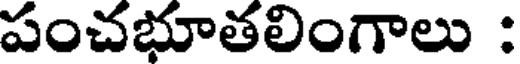
పంచభూతలింగాలు :